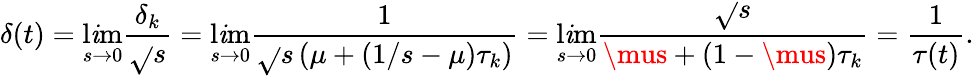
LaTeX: \delta(t)=\operatorname*{l\mathit{i}m}_{s\rightarrow0}\frac{{\delta_{k}}}{{\sqrt{}{{s}}}}=\operatorname*{l\mathit{i}m}_{s\rightarrow0}\frac{{1}}{{\sqrt{}{{s}}\left(\mu+(1/s-\mu)\tau_{k}\right)}}=\operatorname*{l\mathit{i}m}_{s\rightarrow0}\frac{{\sqrt{}{{s}}}}{{\mus+(1-\mus)\tau_{k}}}=\frac{{1}}{{\tau(t)}}.